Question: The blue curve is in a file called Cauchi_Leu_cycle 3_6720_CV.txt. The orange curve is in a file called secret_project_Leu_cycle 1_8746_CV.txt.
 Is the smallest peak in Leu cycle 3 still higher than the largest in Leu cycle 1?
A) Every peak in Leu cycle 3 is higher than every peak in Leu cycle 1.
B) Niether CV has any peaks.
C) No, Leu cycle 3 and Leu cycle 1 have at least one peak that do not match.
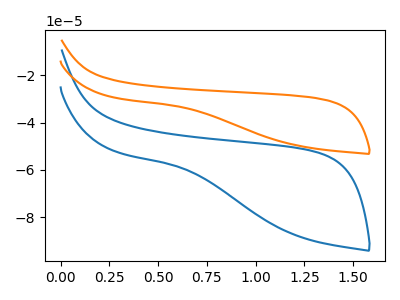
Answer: <think>The blue curve "Leu cycle 3" has no peaks. The orange curve "Leu cycle 1" has no peaks.</think>
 <answer>B) Niether CV has any peaks.</answer>
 <eval>B</eval>